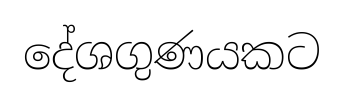
දේශගුණයකට